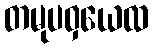
တမုပဝှယေထ